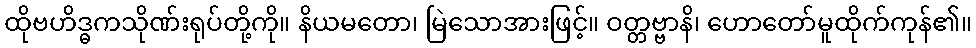
ထိုဗဟိဒ္ဓကသိုဏ်းရုပ်တို့ကို။ နိယမတော၊ မြဲသောအားဖြင့်။ ဝတ္တဗ္ဗာနိ၊ ဟောတော်မူထိုက်ကုန်၏။